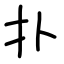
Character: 扑